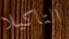
التاكيلا